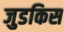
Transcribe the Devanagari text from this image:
जुडकिस